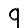
Digit: 9